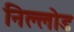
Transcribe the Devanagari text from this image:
निल्लोड